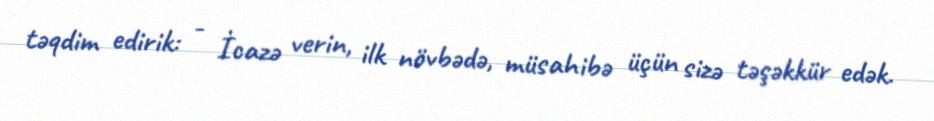
təqdim edirik: - İcazə verin, ilk növbədə, müsahibə üçün sizə təşəkkür edək.